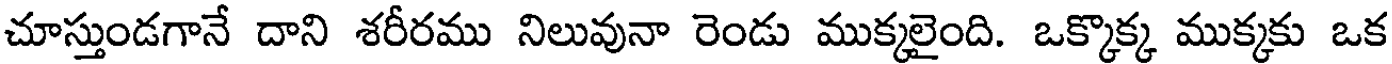
చూస్తుండగానే దాని శరీరము నిలువునా రెండు ముక్కలైంది. ఒక్కొక్క ముక్కకు ఒక